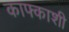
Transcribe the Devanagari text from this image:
काफ्काशी